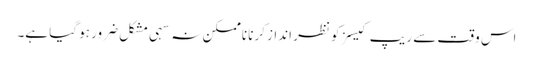
اس وقت سے ریپ کیسز کو نظر انداز کرنا ناممکن نہ سہی مشکل ضرور ہو گیا ہے۔